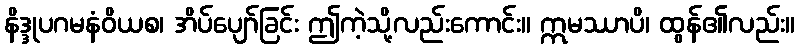
နိဒ္ဒုပဂမနံဝိယစ၊ အိပ်ပျော်ခြင်း ဤကဲ့သို့လည်းကောင်း။ ဣမဿာပိ၊ ထွန်၏လည်း။